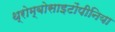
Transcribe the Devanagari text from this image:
थ्रोम्बोसाइटोंपीनिया